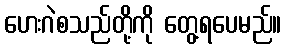
ဟေးဂဲစသည်တို့ကို တွေ့ရပေမည်။